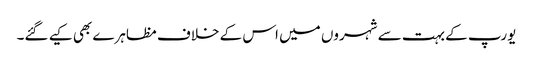
یورپ کے بہت سے شہروں میں اس کے خلاف مظاہرے بھی کیے گئے۔